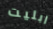
ابليت